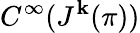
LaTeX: C^{\infty}(J^{\mathbf{k}}(\pi))